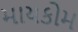
માયકોમ